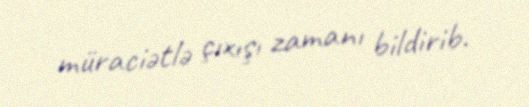
müraciətlə çıxışı zamanı bildirib.